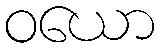
ဝယော